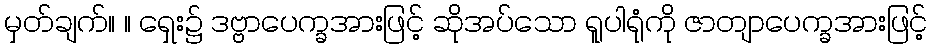
မှတ်ချက်။ ။ ရှေး၌ ဒဗ္ဗာပေက္ခအားဖြင့် ဆိုအပ်သော ရူပါရုံကို ဇာတျာပေက္ခအားဖြင့်